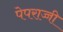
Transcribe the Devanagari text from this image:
पेपराज्जी